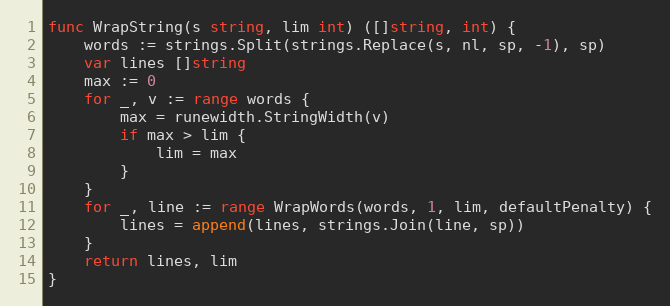
Language: Go
func WrapString(s string, lim int) ([]string, int) {
	words := strings.Split(strings.Replace(s, nl, sp, -1), sp)
	var lines []string
	max := 0
	for _, v := range words {
		max = runewidth.StringWidth(v)
		if max > lim {
			lim = max
		}
	}
	for _, line := range WrapWords(words, 1, lim, defaultPenalty) {
		lines = append(lines, strings.Join(line, sp))
	}
	return lines, lim
}